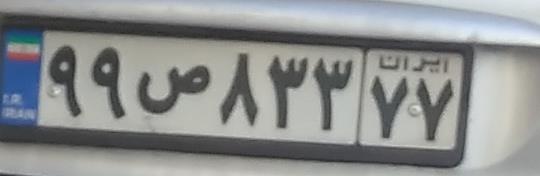
۹۹ص۸۳۳۷۷